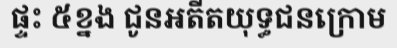
ផ្ទះ ៥ខ្នង ជូនអតីតយុទ្ធជនក្រោម